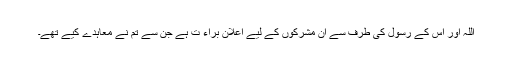
اللہ اور اُس کے رسول کی طرف سے اُن مشرکوں کے لیے اعلان براء ت ہے جن سے تم نے معاہدے کیے تھے۔